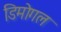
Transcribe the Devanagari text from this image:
डिमोगल